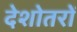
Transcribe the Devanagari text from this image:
देशोतरों